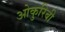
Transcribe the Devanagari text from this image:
ओकुरिबी